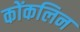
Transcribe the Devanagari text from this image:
कोंकलिन